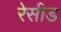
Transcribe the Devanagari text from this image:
रेसीड